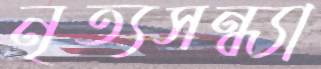
নৃত্যসন্ধ্যা